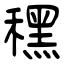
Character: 䆀